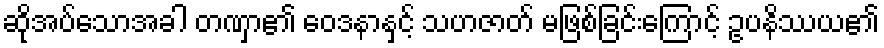
ဆိုအပ်သောအခါ တဏှာ၏ ဝေဒနာနှင့် သဟဇာတ် မဖြစ်ခြင်းကြောင့် ဥပနိဿယ၏